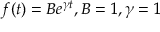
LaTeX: f ( t ) = B e ^ { \gamma t } , B = 1 , \gamma = 1